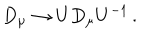
LaTeX: D _ { \mu } \rightarrow U D _ { \mu } U ^ { - 1 } \, { . }